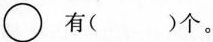
\bigcirc有( )个。